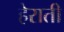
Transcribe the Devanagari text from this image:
हेराती